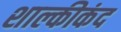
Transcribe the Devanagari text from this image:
शाल्कीकंद